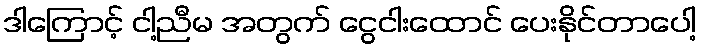
ဒါကြောင့် ငါ့ညီမ အတွက် ငွေငါးထောင် ပေးနိုင်တာပေါ့